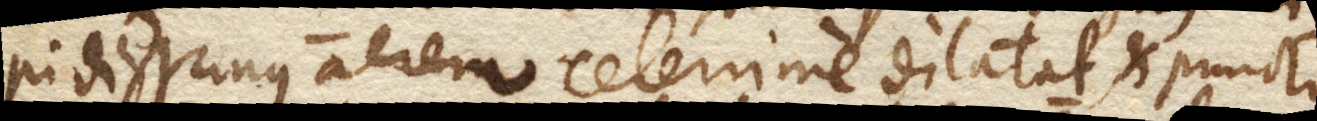
pidissimus aerem celerrime dilatat et puncto